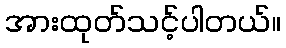
အားထုတ်သင့်ပါတယ်။